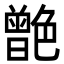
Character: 䒏